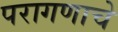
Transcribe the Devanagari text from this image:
परागणाचे